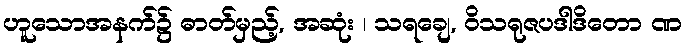
ဟူသောအနက်၌ ဓာတ်မှည့်, အဆုံး ၊ သရချေ, ဝိသရုဇပဒါဒိတော ဏ